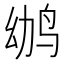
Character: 𱉢